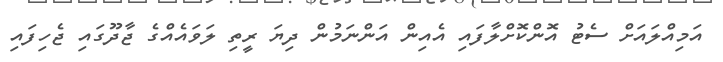
އަމިއްލައަށް ސެޓު އޮންކޮށްލާފައި އެއިން އަންނަމުން ދިޔަ ރީތި ލަވައެއްގެ ޖާދޫގައި ޖެހިފައި